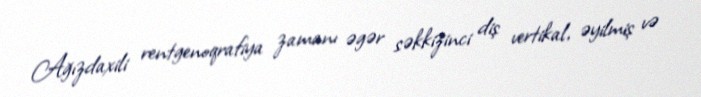
Ağızdaxili rentgenoqrafiya zamanı əgər səkkizinci diş vertikal, əyilmiş və